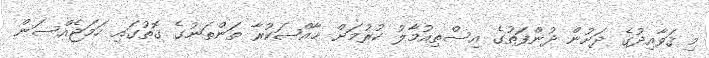
މި ޤަވާއިދުގެ ދަށުން ދުންފަތުގެ އިސްތިއުމާލު ކުރުމަށް ޚާއްޞަކުރާ ތަންތަނުގެ ގޮތުގައި ހަމަޖެއްސަން